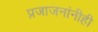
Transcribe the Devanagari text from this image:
प्रजाजनांनीही